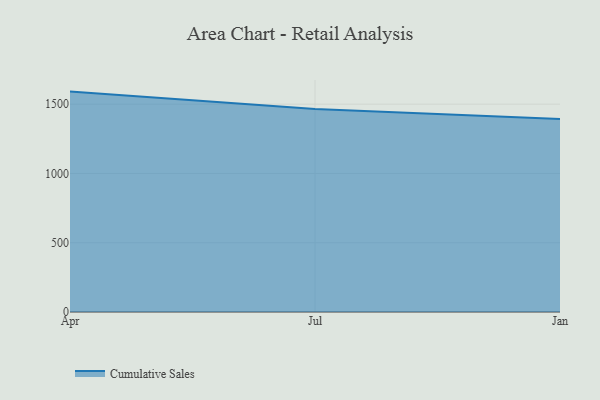
{"axis": {"x": "Month", "y": "Production Output"}, "legend": ["Cumulative Sales"], "data": [{"x": "Apr", "y": 1590.7, "type": "Cumulative Sales"}, {"x": "Jul", "y": 1465.1, "type": "Cumulative Sales"}, {"x": "Jan", "y": 1392.7, "type": "Cumulative Sales"}]}